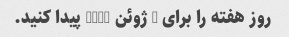
روز هفته را برای 4 ژوئن 2021 پیدا کنید.